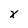
Character: x